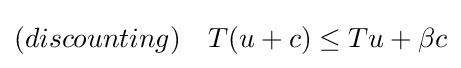
(discounting)\quad T(u+c)\leq Tu+\beta c